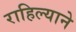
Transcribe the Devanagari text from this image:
राहिल्‍याने